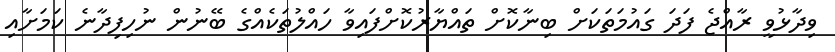
ވިދާޅުވީ ރާއްޖެ ފަދަ ގައުމަތަކަށް ބިނާކޮށް ތައްޔާރުކޮށްފައިވާ ހައްލުތަކެއްގެ ބޭނުން ނުހިފިދާނެ ކަމަށާއި